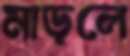
মাড়লে